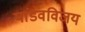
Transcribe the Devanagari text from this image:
पांडवविजय